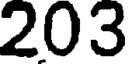
203